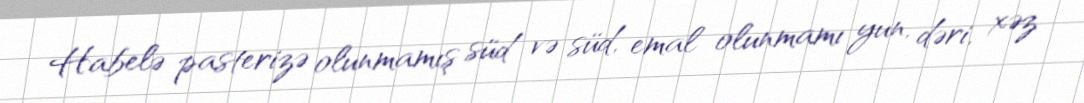
Habelə pasterizə olunmamış süd və süd, emal olunmamı yun, dəri, xəz